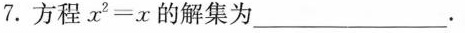
7. 方程$$x ^ { 2 }= x$$的解集为 ___ .